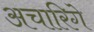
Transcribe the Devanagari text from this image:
अचारिगे